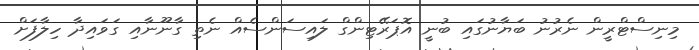
މިނިސްޓްރީން ނެރުނު ބަޔާނުގައި ބުނީ އޮޕަރޭޓިންގް ލައިސަންސެއް ނެތި ގާނޫނާއި ގަވައިދާ ހިލާފަށް